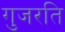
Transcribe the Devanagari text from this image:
गुजरति